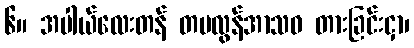
၆။ အပါယ်လေးတန် တမလွန်အာသဝ တားခြင်းငှာ၊